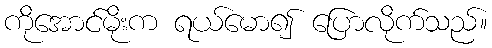
ကိုအောင်မိုးက ရယ်မော၍ ပြောလိုက်သည်။